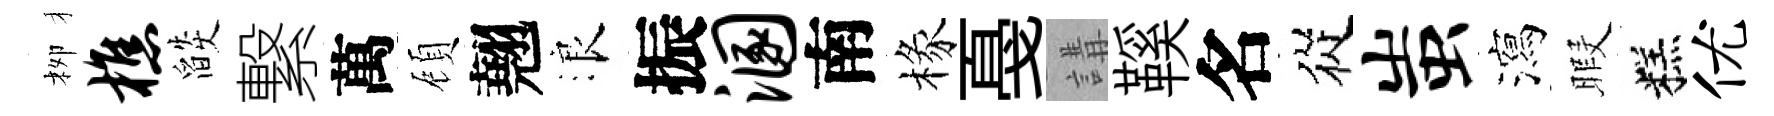
栁樵燄繋萬頋翹浪振溷南椽戞講鞵名從蚩瀉暇糕优